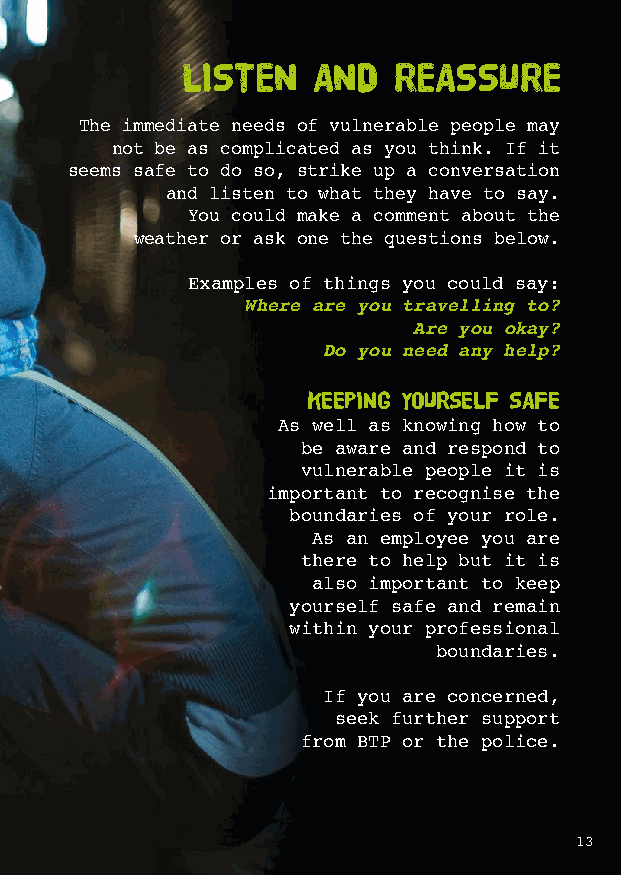
LISTEN   AND  REASSURE
 The immediate needs of vulnerable people may
 not be as complicated as you think. If it
 seems safe to do so, strike up a conversation
 and listen to what they have to say.
 You could make a comment about the
 weather or ask one the questions below.
 Examples of things you could say:
 Where are you travelling to?
 Are you okay?
 Do you need any help?
 KEEPING YOURSELF SAFE
 As well as knowing how to
 be aware and respond to
 vulnerable people it is
 important to recognise the
 boundaries of your role.
 As an employee you are
 there to help but it is
 also important to keep
 yourself safe and remain
 within your professional
 boundaries.
 If you are concerned,
 seek further support
 from BTP or the police.
 13